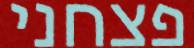
פצחני